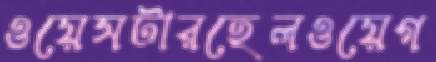
ওয়েসটারহেলওয়েগ